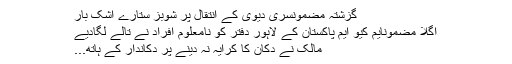
گزشتہ مضمونسری دیوی کے انتقال پر شوبز ستارے اشک بار
اگلا مضمونایم کیو ایم پاکستان کے لاہور دفتر کو نامعلوم افراد نے تالے لگادیے
مالک نے دکان کا کرایہ نہ دینے پر دکاندار کے ہاتھ...